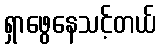
ရှာဖွေနေသင့်တယ်